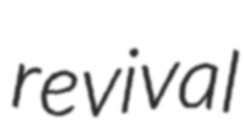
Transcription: revival